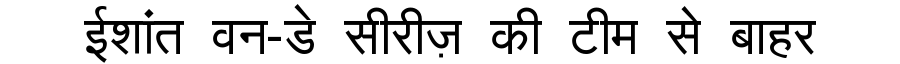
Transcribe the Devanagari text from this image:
ईशांत वन-डे सीरीज़ की टीम से बाहर